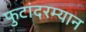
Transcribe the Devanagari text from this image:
फुटांदरम्यान